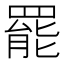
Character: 罷